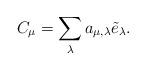
LaTeX: \begin{align*} C_\mu = \sum_\lambda a_{\mu,\lambda} \tilde{e}_\lambda. \end{align*}